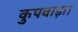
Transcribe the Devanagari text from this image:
कुपवाड़ा।